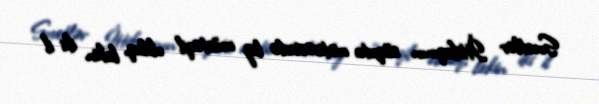
Sovetlər İttifaqının süqutu nəticəsində biz müstəqil olduq, lakin iki il